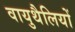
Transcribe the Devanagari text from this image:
वायुथैलियों